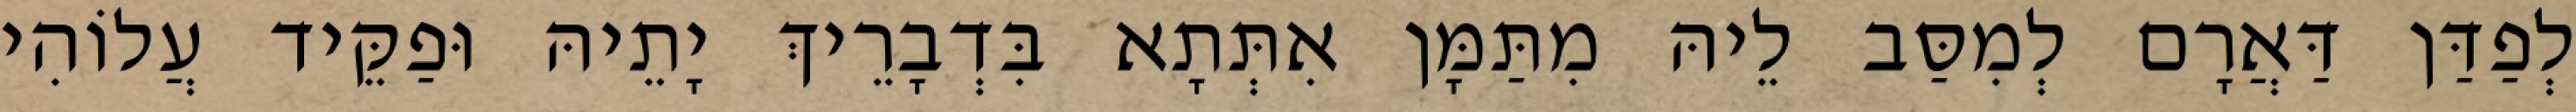
לְפַדַּן דַּאֲרָם לְמִסַּב לֵיהּ מִתַּמָּן אִתְּתָא בִּדְבָרֵיךְ יָתֵיהּ וּפַקֵּיד עֲלוֹהִי